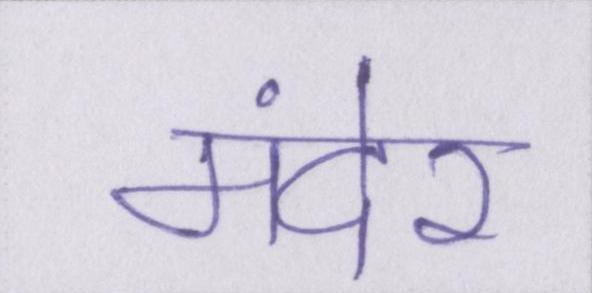
मंदेर